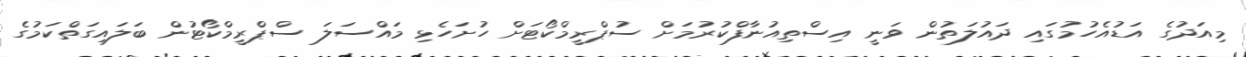
މިއަދުގެ އަޑުއެހުމުގައި ދައުލަތުން ވަނީ އިސްތިއުނާފްކުރުމަށް ސުޕްރީމްކޯޓަށް ހުށަހެޅި މައްސަލަ ސްޕްރީމްކޯޓުން ބަލައިގަތްކަމުގެ